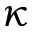
\kappa